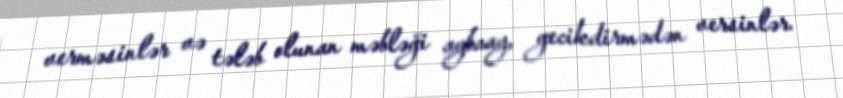
verməsinlər və tələb olunan məbləği aybaay, gecikdirmədən versinlər.